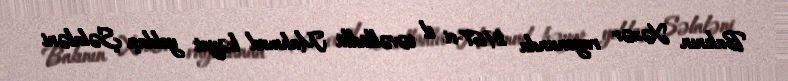
Bakının Xəzər rayonunda 1967-ci il təvəllüdlü Mahmud həyat yoldaşı Şəlaləni